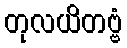
တုလယိတဗ္ဗံ